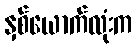
နှစ်ယောက်လုံးက